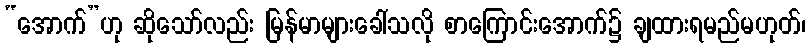
“အောက်”ဟု ဆိုသော်လည်း မြန်မာများခေါ်သလို စာကြောင်းအောက်၌ ချထားရမည်မဟုတ်၊